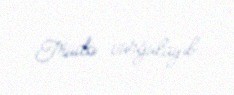
Trüdo vurğulayıb.